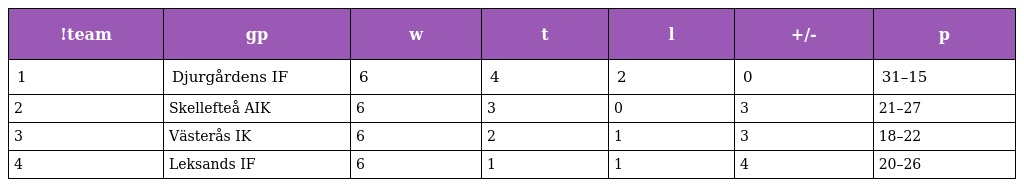
| !team | gp | w | t | l | +/- | p |
 | --- | --- | --- | --- | --- | --- | --- |
 | 1 | Djurgårdens IF | 6 | 4 | 2 | 0 | 31–15 |
 | 2 | Skellefteå AIK | 6 | 3 | 0 | 3 | 21–27 |
 | 3 | Västerås IK | 6 | 2 | 1 | 3 | 18–22 |
 | 4 | Leksands IF | 6 | 1 | 1 | 4 | 20–26 |